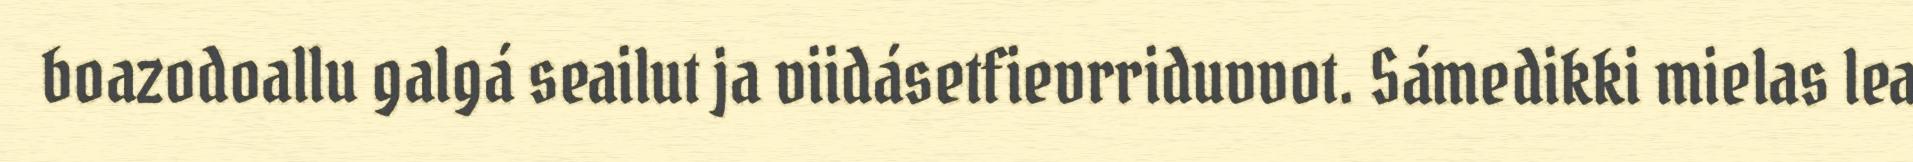
boazodoallu galgá seailut ja viidásetfievrriduvvot. Sámedikki mielas lea